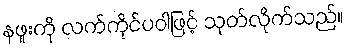
နဖူးကို လက်ကိုင်ပဝါဖြင့် သုတ်လိုက်သည်။